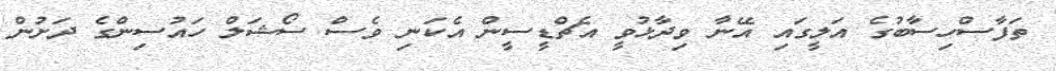
ތަފާސްހިސާބުގެ އަލީގައި އޭނާ ވިދާޅުވީ އެޗްޑީސީން އެކަނި ވެސް ސޯޝަލް ހައުސިންގެ ދަށުން